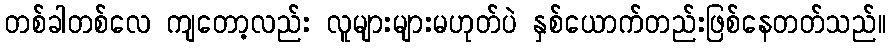
တစ်ခါတစ်လေ ကျတော့လည်း လူများများမဟုတ်ပဲ နှစ်ယောက်တည်းဖြစ်နေတတ်သည်။